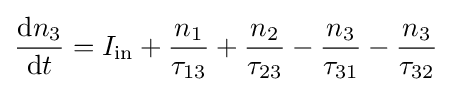
{\frac {\mathrm {d} n_{3}}{\mathrm {d} t}}=I_{\mathrm {in} }+{\frac {n_{1}}{\tau _{13}}}+{\frac {n_{2}}{\tau _{23}}}-{\frac {n_{3}}{\tau _{31}}}-{\frac {n_{3}}{\tau _{32}}}